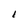
Character: I